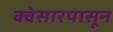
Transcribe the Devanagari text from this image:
क्वेसारपासून